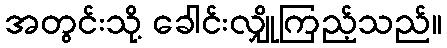
အတွင်းသို့ ခေါင်းလျှိုကြည့်သည်။